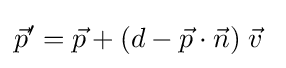
{\vec {p}}'={\vec {p}}+(d-{\vec {p}}\cdot {\vec {n}})\;{\vec {v}}\